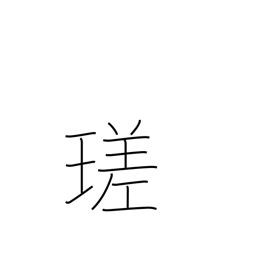
Meaning: brilliant white luster of a gem